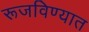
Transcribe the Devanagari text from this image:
रूजविण्यात